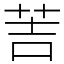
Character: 䓀